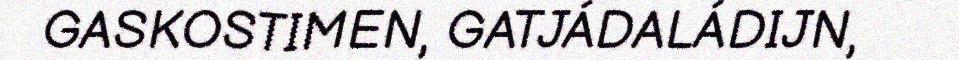
GASKOSTIMEN, GATJÁDALÁDIJN,